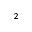
^ 2